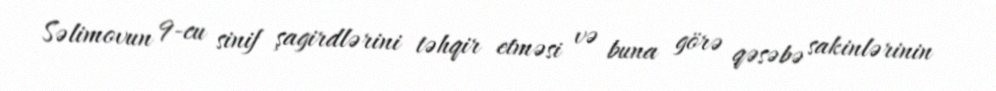
Səlimovun 9-cu sinif şagirdlərini təhqir etməsi və buna görə qəsəbə sakinlərinin